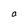
Character: O